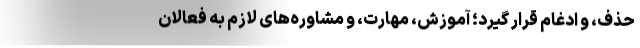
حذف، و ادغام قرار گیرد؛ آموزش، مهارت، و مشاوره‌های لازم به فعالان